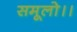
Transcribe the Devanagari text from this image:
समूलो।।